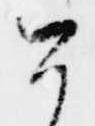
今